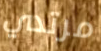
مرتدي